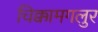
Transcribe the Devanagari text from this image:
चिक्कामगलुर